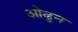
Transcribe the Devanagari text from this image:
ओढुन